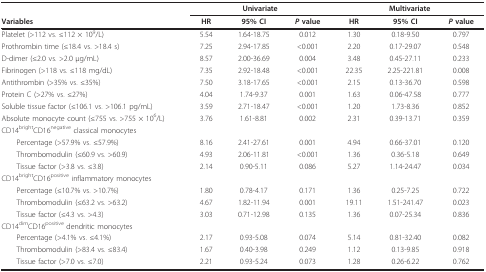
<table><thead><tr><td></td><td colspan="3"><b>Univariate</b></td><td colspan="3"><b>Multivariate</b></td></tr><tr><td><b>Variables</b></td><td><b>HR</b></td><td><b>95% CI</b></td><td><b><i>P </i>value</b></td><td><b>HR</b></td><td><b>95% CI</b></td><td><b><i>P </i>value</b></td></tr></thead><tbody><tr><td>Platelet (&gt;112 vs. ≤112 × 10<sup>9</sup>/L)</td><td>5.54</td><td>1.64-18.75</td><td>0.012</td><td>1.30</td><td>0.18-9.50</td><td>0.797</td></tr><tr><td>Prothrombin time (≤18.4 vs. &gt;18.4 s)</td><td>7.25</td><td>2.94-17.85</td><td>&lt;0.001</td><td>2.20</td><td>0.17-29.07</td><td>0.548</td></tr><tr><td>D-dimer (≤2.0 vs. &gt;2.0 μg/mL)</td><td>8.57</td><td>2.00-36.69</td><td>0.004</td><td>3.48</td><td>0.45-27.11</td><td>0.233</td></tr><tr><td>Fibrinogen (&gt;118 vs. ≤118 mg/dL)</td><td>7.35</td><td>2.92-18.48</td><td>&lt;0.001</td><td>22.35</td><td>2.25-221.81</td><td>0.008</td></tr><tr><td>Antithrombin (&gt;35% vs. ≤35%)</td><td>7.50</td><td>3.18-17.65</td><td>&lt;0.001</td><td>2.15</td><td>0.13-36.70</td><td>0.598</td></tr><tr><td>Protein C (&gt;27% vs. ≤27%)</td><td>4.04</td><td>1.74-9.37</td><td>0.001</td><td>1.63</td><td>0.06-47.58</td><td>0.777</td></tr><tr><td>Soluble tissue factor (≤106.1 vs. &gt;106.1 pg/mL)</td><td>3.59</td><td>2.71-18.47</td><td>&lt;0.001</td><td>1.20</td><td>1.73-8.36</td><td>0.852</td></tr><tr><td>Absolute monocyte count (≤755 vs. &gt;755 × 10<sup>6</sup>/L)</td><td>3.76</td><td>1.61-8.81</td><td>0.002</td><td>2.31</td><td>0.39-13.71</td><td>0.359</td></tr><tr><td>CD14<sup>bright</sup>CD16<sup>negative </sup>classical monocytes</td><td></td><td></td><td></td><td></td><td></td><td></td></tr><tr><td> Percentage (&gt;57.9% vs. ≤57.9%)</td><td>8.16</td><td>2.41-27.61</td><td>0.001</td><td>4.94</td><td>0.66-37.01</td><td>0.120</td></tr><tr><td> Thrombomodulin (≤60.9 vs. &gt;60.9)</td><td>4.93</td><td>2.06-11.81</td><td>&lt;0.001</td><td>1.36</td><td>0.36-5.18</td><td>0.649</td></tr><tr><td> Tissue factor (&gt;3.8 vs. ≤3.8)</td><td>2.14</td><td>0.90-5.11</td><td>0.086</td><td>5.27</td><td>1.14-24.47</td><td>0.034</td></tr><tr><td>CD14<sup>bright</sup>CD16<sup>positive </sup>inflammatory monocytes</td><td></td><td></td><td></td><td></td><td></td><td></td></tr><tr><td> Percentage (≤10.7% vs. &gt;10.7%)</td><td>1.80</td><td>0.78-4.17</td><td>0.171</td><td>1.36</td><td>0.25-7.25</td><td>0.722</td></tr><tr><td> Thrombomodulin (≤63.2 vs. &gt;63.2)</td><td>4.67</td><td>1.82-11.94</td><td>0.001</td><td>19.11</td><td>1.51-241.47</td><td>0.023</td></tr><tr><td> Tissue factor (≤4.3 vs. &gt;4.3)</td><td>3.03</td><td>0.71-12.98</td><td>0.135</td><td>1.36</td><td>0.07-25.34</td><td>0.836</td></tr><tr><td>CD14<sup>dim</sup>CD16<sup>positive </sup>dendritic monocytes</td><td></td><td></td><td></td><td></td><td></td><td></td></tr><tr><td> Percentage (&gt;4.1% vs. ≤4.1%)</td><td>2.17</td><td>0.93-5.08</td><td>0.074</td><td>5.14</td><td>0.81-32.40</td><td>0.082</td></tr><tr><td> Thrombomodulin (&gt;83.4 vs. ≤83.4)</td><td>1.67</td><td>0.40-3.98</td><td>0.249</td><td>1.12</td><td>0.13-9.85</td><td>0.918</td></tr><tr><td> Tissue factor (&gt;7.0 vs. ≤7.0)</td><td>2.21</td><td>0.93-5.24</td><td>0.073</td><td>1.28</td><td>0.26-6.22</td><td>0.762</td></tr></tbody></table>